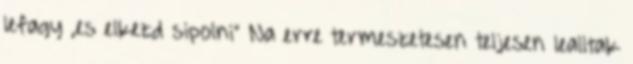
lefagy ,es elkezd sipolni" Na erre termeszetesen teljesen lealltak